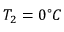
T _ { 2 } = 0 ^ { \circ } C